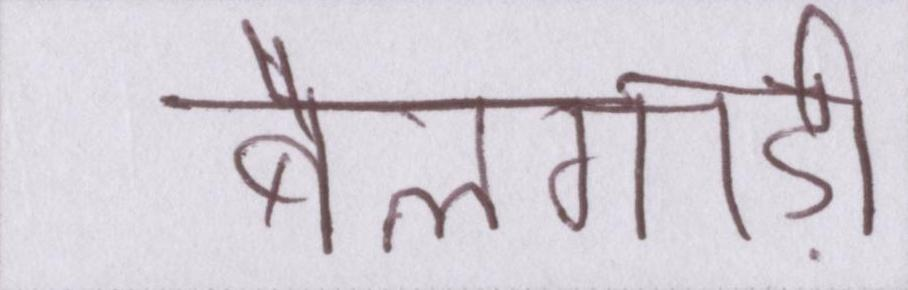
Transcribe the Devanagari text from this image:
बैलगाड़ी